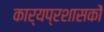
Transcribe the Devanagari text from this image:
कार्यप्रशासकों